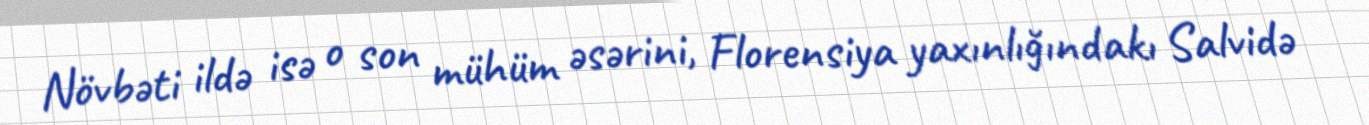
Növbəti ildə isə o son mühüm əsərini, Florensiya yaxınlığındakı Salvidə